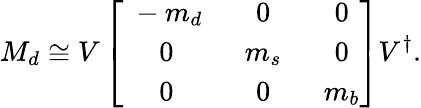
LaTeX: M_{d}\cong V\left[\begin{array}{ccc}{{\ -m_{d}\ }}&{{\ 0\ }}&{{\ 0}}\\ {{\ 0\ }}&{{\ m_{s}\ }}&{{\ 0}}\\ {{\ 0\ }}&{{\ 0\ }}&{{\ m_{b}}}\end{array}\right]V^{\dagger}.